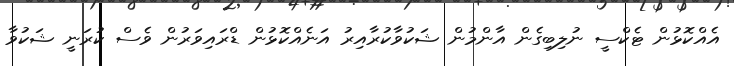
އެއްކޮޅުން ޓެކްސީ ނުލިބިގެން އާންމުން ޝަކުވާކުރާއިރު އަނެއްކޮޅުން ޑްރައިވަރުން ވެސް ކުރަނީ ޝަކުވާ